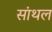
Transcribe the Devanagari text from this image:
सांथल